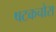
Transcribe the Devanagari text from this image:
षटकचोरा